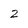
Character: 2